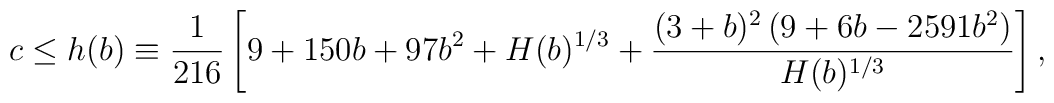
c\le h(b)\equiv\frac{1}{216}\left[ 9+150b+97b^2 +H(b)^{1/3}+\frac{(3+b)^2 \left(9+6b-2591b^2\right)}{H(b)^{1/3}} \right],